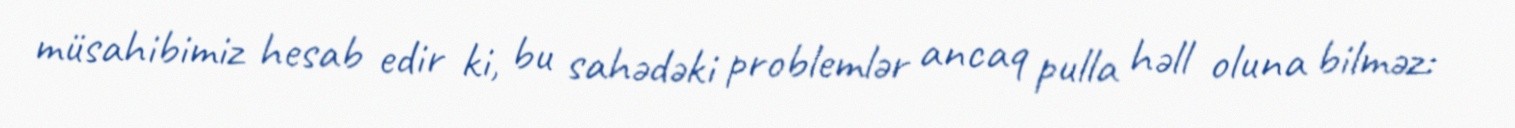
müsahibimiz hesab edir ki, bu sahədəki problemlər ancaq pulla həll oluna bilməz: